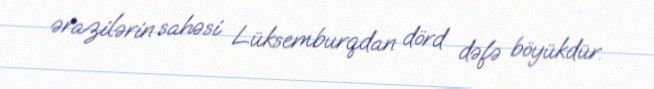
ərazilərin sahəsi Lüksemburqdan dörd dəfə böyükdür.